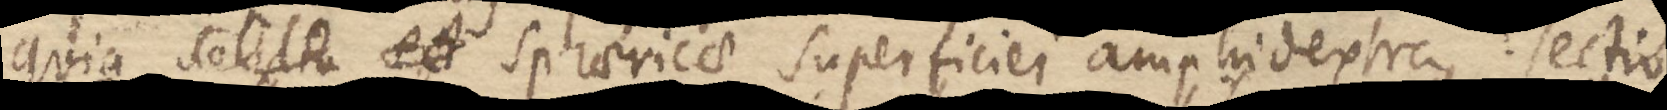
quia solidi est sphaerices superficiei amphidextra sectio